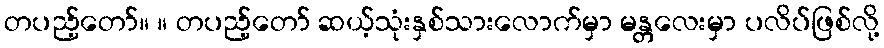
တပည့်တော်။ ။ တပည့်တော် ဆယ့်သုံးနှစ်သားလောက်မှာ မန္တလေးမှာ ပလိပ်ဖြစ်လို့